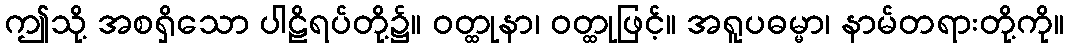
ဤသို့ အစရှိသော ပါဠိရပ်တို့၌။ ဝတ္ထုနာ၊ ဝတ္ထုဖြင့်။ အရူပဓမ္မာ၊ နာမ်တရားတို့ကို။